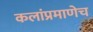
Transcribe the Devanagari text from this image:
कलांप्रमाणेच